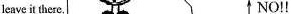
leave it there. \uparrow NO!!